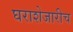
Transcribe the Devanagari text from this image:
घराशेजारीच